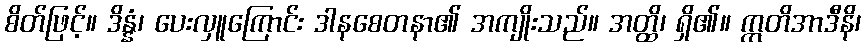
စိတ်ဖြင့်။ ဒိန္နံ၊ ပေးလှူကြောင်း ဒါနစေတနာ၏ အကျိုးသည်။ အတ္ထိ၊ ရှိ၏။ ဣတိအာဒီနိ၊